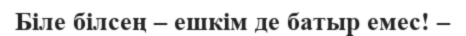
Біле білсең – ешкім де батыр емес! –